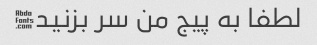
لطفا به پیج من سر بزنید�